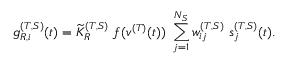
g _ { R , i } ^ { ( T , S ) } ( t ) = { \widetilde K } _ { R } ^ { ( T , S ) } ~ f ( v ^ { ( T ) } ( t ) ) ~ \sum _ { j = 1 } ^ { N _ { S } } w _ { i j } ^ { ( T , S ) } ~ s _ { j } ^ { ( T , S ) } ( t ) .